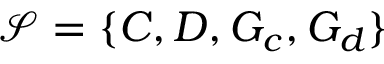
\mathcal { S } = \{ C , D , G _ { c } , G _ { d } \}